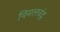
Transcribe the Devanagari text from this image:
विमलचंद्र